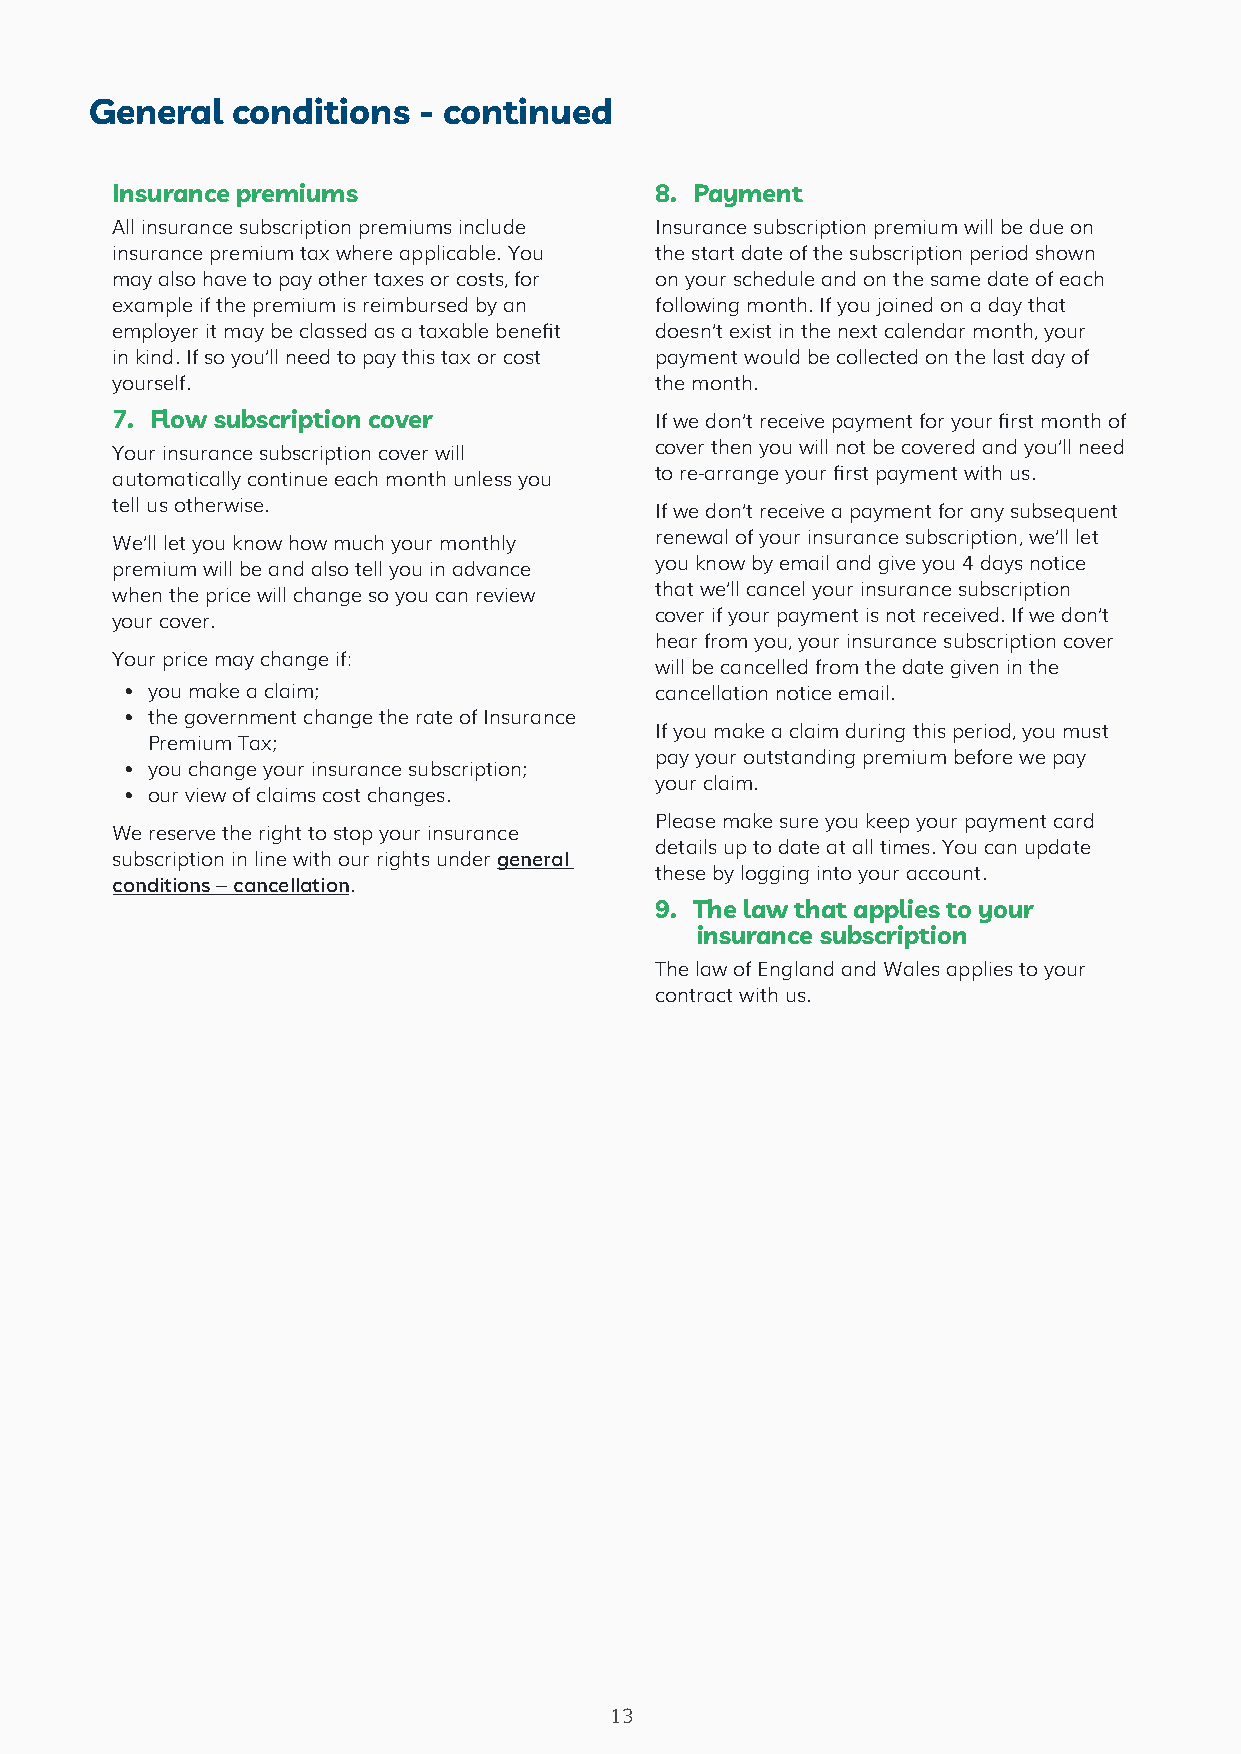
General  conditions   - continued
 Insurance premiums                  8. Payment
 All insurance subscription premiums include Insurance subscription premium will be due on
 insurance premium tax where applicable. You the start date of the subscription period shown
 may also have to pay other taxes or costs, for on your schedule and on the same date of each
 example if the premium is reimbursed by an following month. If you joined on a day that
 employer it may be classed as a taxable benefit doesn’t exist in the next calendar month, your
 in kind. If so you’ll need to pay this tax or cost payment would be collected on the last day of
 yourself.                           the month.
 7. Flow subscription cover          If we don’t receive payment for your first month of
 Your insurance subscription cover will cover then you will not be covered and you’ll need
 automatically continue each month unless you to re-arrange your first payment with us.
 tell us otherwise.                  If we don’t receive a payment for any subsequent
 We’ll let you know how much your monthly renewal of your insurance subscription, we’ll let
 premium will be and also tell you in advance you know by email and give you 4 days notice
 when the price will change so you can review that we’ll cancel your insurance subscription
 your cover.                         cover if your payment is not received. If we don’t
 hear from you, your insurance subscription cover
 Your price may change if:
 will be cancelled from the date given in the
 • you make a claim;                cancellation notice email.
 • the government change the rate of Insurance
 If you make a claim during this period, you must
 Premium Tax;
 pay your outstanding premium before we pay
 • you change your insurance subscription;
 your claim.
 • our view of claims cost changes.
 Please make sure you keep your payment card
 We reserve the right to stop your insurance
 details up to date at all times. You can update
 subscription in line with our rights under general
 these by logging into your account.
 conditions – cancellation.
 9. The law that applies to your
 insurance subscription
 The law of England and Wales applies to your
 contract with us.
 13